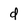
Character: d